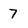
Character: 7